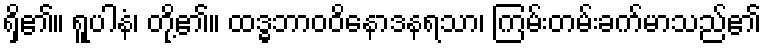
ရှိ၏။ ရူပါနံ၊ တို့၏။ ထဒ္ဓဘာဝဝိနောဒနရသာ၊ ကြမ်းတမ်းခက်မာသည်၏